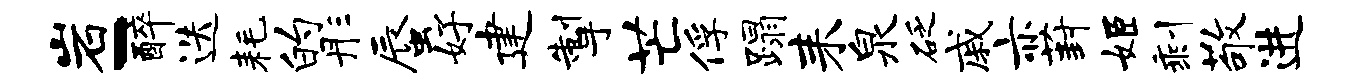
岩-醉迭耗的彤蜃好建掣芒俘蹋耒泉砭戚亦葑姬剩敬进